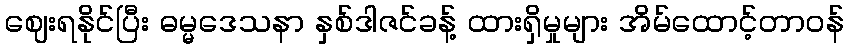
ဈေးရနိုင်ပြီး ဓမ္မဒေသနာ နှစ်ဒါဇင်ခန့် ထားရှိမှုများ အိမ်ထောင့်တာဝန်